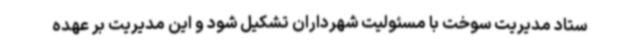
ستاد مدیریت سوخت با مسئولیت شهرداران تشکیل شود و این مدیریت بر عهده